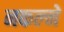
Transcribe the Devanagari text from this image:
नकल्ने